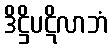
ဒိဋ္ဌိပဋိလာဘံ